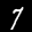
Label: 7